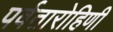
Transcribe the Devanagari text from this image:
पर्वतारोहिणी